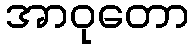
အာဝုတော